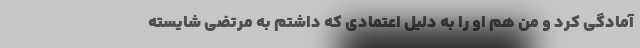
آمادگی کرد و من هم او را به دلیل اعتمادی که داشتم به مرتضی شایسته